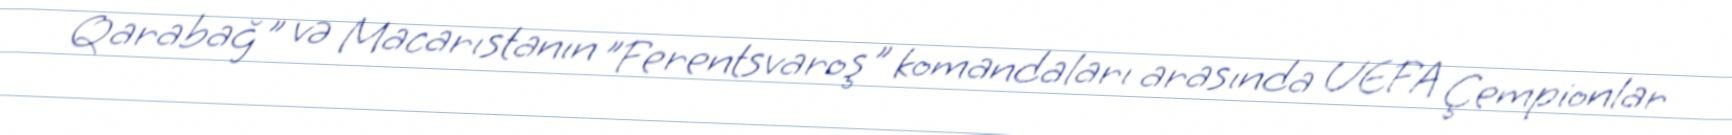
Qarabağ" və Macarıstanın "Ferentsvaroş" komandaları arasında UEFA Çempionlar